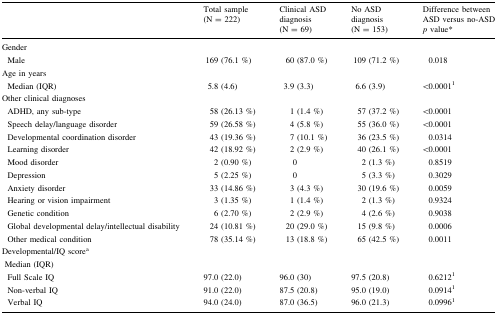
<table><thead><tr><td></td><td><b>Total sample (N = 222)</b></td><td><b>Clinical ASD diagnosis (N = 69)</b></td><td><b>No ASD diagnosis (N = 153)</b></td><td><b>Difference between ASD versus no-ASD<i>p</i> value*</b></td></tr></thead><tbody><tr><td colspan="5">Gender</td></tr><tr><td> Male</td><td>169 (76.1 %)</td><td>60 (87.0 %)</td><td>109 (71.2 %)</td><td>0.018</td></tr><tr><td colspan="5">Age in years</td></tr><tr><td> Median (IQR)</td><td>5.8 (4.6)</td><td>3.9 (3.3)</td><td>6.6 (3.9)</td><td>&lt;0.0001<sup>1</sup></td></tr><tr><td colspan="5">Other clinical diagnoses</td></tr><tr><td> ADHD, any sub-type</td><td>58 (26.13 %)</td><td>1 (1.4 %)</td><td>57 (37.2 %)</td><td>&lt;0.0001</td></tr><tr><td> Speech delay/language disorder</td><td>59 (26.58 %)</td><td>4 (5.8 %)</td><td>55 (36.0 %)</td><td>&lt;0.0001</td></tr><tr><td> Developmental coordination disorder</td><td>43 (19.36 %)</td><td>7 (10.1 %)</td><td>36 (23.5 %)</td><td>0.0314</td></tr><tr><td> Learning disorder</td><td>42 (18.92 %)</td><td>2 (2.9 %)</td><td>40 (26.1 %)</td><td>&lt;0.0001</td></tr><tr><td> Mood disorder</td><td>2 (0.90 %)</td><td>0</td><td>2 (1.3 %)</td><td>0.8519</td></tr><tr><td> Depression</td><td>5 (2.25 %)</td><td>0</td><td>5 (3.3 %)</td><td>0.3029</td></tr><tr><td> Anxiety disorder</td><td>33 (14.86 %)</td><td>3 (4.3 %)</td><td>30 (19.6 %)</td><td>0.0059</td></tr><tr><td> Hearing or vision impairment</td><td>3 (1.35 %)</td><td>1 (1.4 %)</td><td>2 (1.3 %)</td><td>0.9324</td></tr><tr><td> Genetic condition</td><td>6 (2.70 %)</td><td>2 (2.9 %)</td><td>4 (2.6 %)</td><td>0.9038</td></tr><tr><td> Global developmental delay/intellectual disability</td><td>24 (10.81 %)</td><td>20 (29.0 %)</td><td>15 (9.8 %)</td><td>0.0006</td></tr><tr><td> Other medical condition</td><td>78 (35.14 %)</td><td>13 (18.8 %)</td><td>65 (42.5 %)</td><td>0.0011</td></tr><tr><td colspan="5">Developmental/IQ score<sup>a</sup> Median (IQR)</td></tr><tr><td> Full Scale IQ</td><td>97.0 (22.0)</td><td>96.0 (30)</td><td>97.5 (20.8)</td><td>0.6212<sup>1</sup></td></tr><tr><td> Non-verbal IQ</td><td>91.0 (22.0)</td><td>87.5 (20.8)</td><td>95.0 (19.0)</td><td>0.0914<sup>1</sup></td></tr><tr><td> Verbal IQ</td><td>94.0 (24.0)</td><td>87.0 (36.5)</td><td>96.0 (21.3)</td><td>0.0996<sup>1</sup></td></tr></tbody></table>